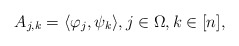
\begin{align*}A_{j,k} = \langle \varphi_j, \psi_k\rangle, j \in \Omega, k \in [n],\end{align*}